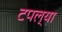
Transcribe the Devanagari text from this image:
टपल्या